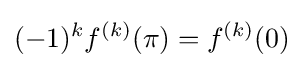
(-1)^{k}f^{(k)}(\pi )=f^{(k)}(0)